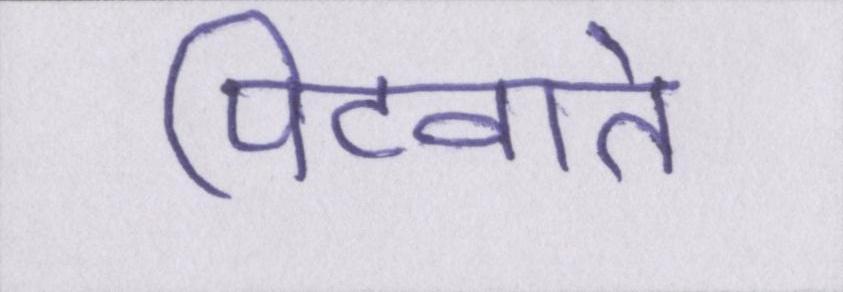
पिटवाते